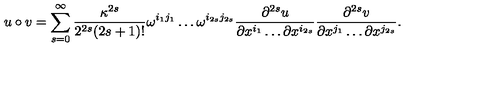
u \circ v = \sum _ { s = 0 } ^ { \infty } { \frac { \kappa ^ { 2 s } } { 2 ^ { 2 s } ( 2 s + 1 ) ! } } \omega ^ { i _ { 1 } j _ { 1 } } \ldots \omega ^ { i _ { 2 s } j _ { 2 s } } { \frac { \partial ^ { 2 s } u } { \partial x ^ { i _ { 1 } } \ldots \partial x ^ { i _ { 2 s } } } } { \frac { \partial ^ { 2 s } v } { \partial x ^ { j _ { 1 } } \ldots \partial x ^ { j _ { 2 s } } } } .